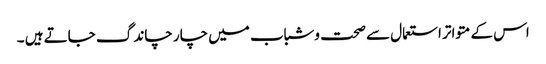
اس کے متواتر استعمال سے صحت وشباب میں چار چاند گ جاتے ہیں ۔